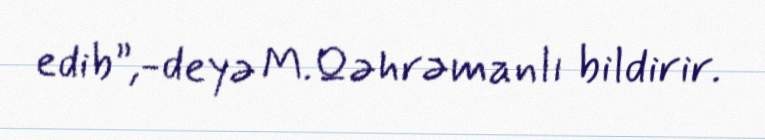
edib”,-deyə M.Qəhrəmanlı bildirir.